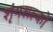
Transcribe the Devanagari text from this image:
शृंगशल्कों